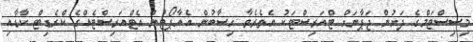
މިސިސްޓަމްގެ ދަށުން ޖަޕާނަށް ޓްއަރިސްޓަކު އެތެރެވާ ހިސާބުން އެއާޕޯޓުން އެޓްއަރިސްޓެއްގެ ކްރެޑިޓް ކާޑާއި